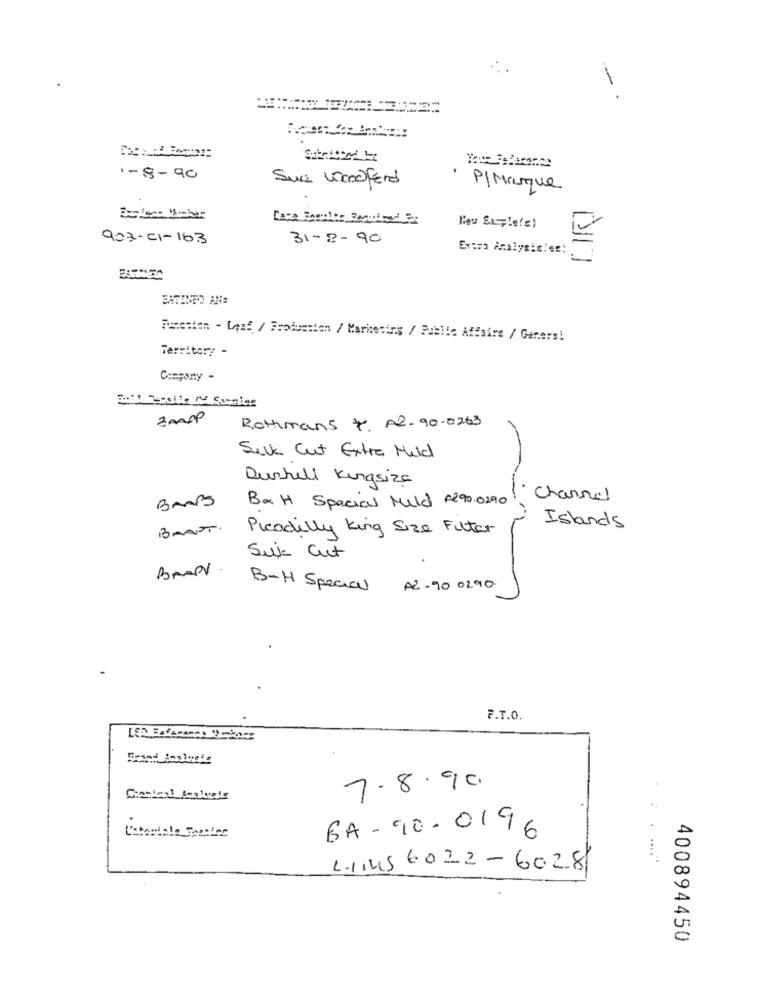
1-8-90
Sua Woodferd
· P/ Marque
Mes Sample(e)
907-01-163
31-2-90
Function - Leaf / Production / Marketing / Public Affsire / Gar.ers!
Territory -
Company -
Rothmans 4. A2-90.0263
Silk Cut Extra Mild
Durrell Kingsize
BANS
Channel
BxH Special Mild 290.0290
BRATT.
Picadilly King Size Filter
Islands
Sik Cut
BANDV.
B-H Special
A2-90 0290
F.T.O.
7.8.90
BA - 90 - 0196
411456022-6028
400894450